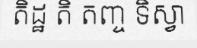
តិដ្ឋ តិ តញ្ច ទិស្វា